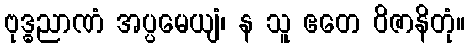
ဗုဒ္ဓညာဏံ အပ္ပမေယျံ၊ န သူ ဧတေ ဝိဇာနိတုံ။